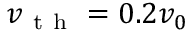
v _ { \mathrm { ~ t ~ h ~ } } = 0 . 2 v _ { 0 }